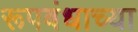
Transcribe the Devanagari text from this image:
रूपबंधाच्या